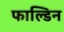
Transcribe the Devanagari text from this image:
फाल्डिन